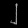
Digit: ၂